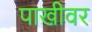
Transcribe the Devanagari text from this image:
पाखीवर